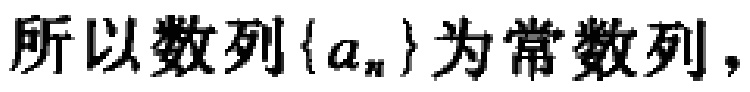
所以数列\(\{a_{n}\}\)为常数列，